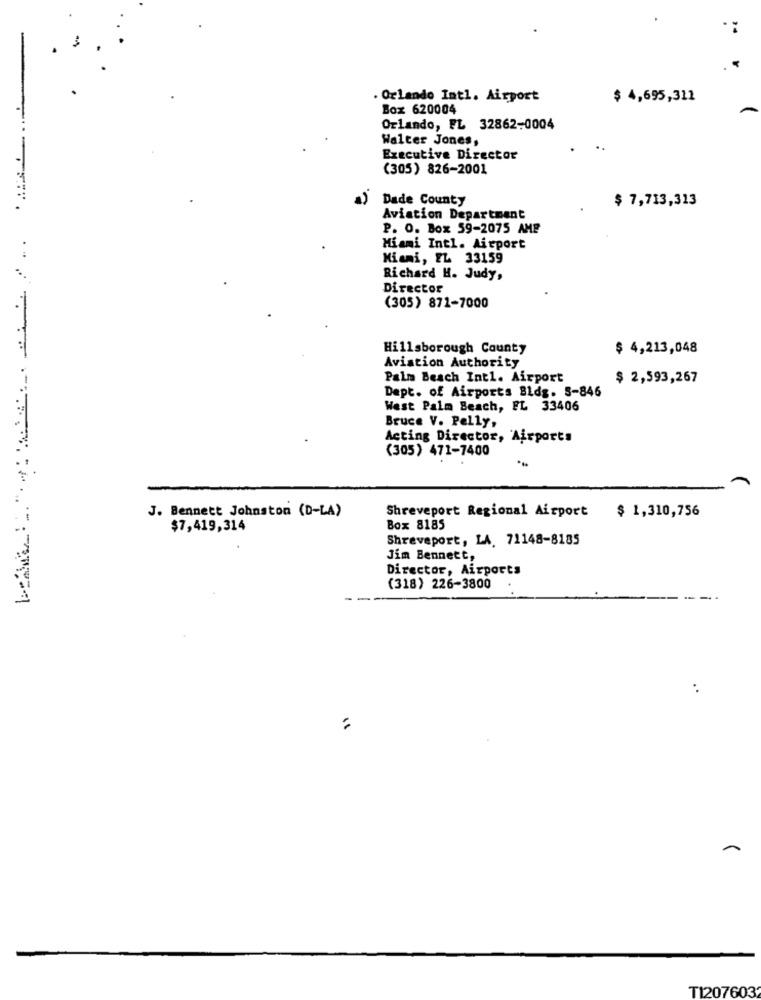
. Orlando Intl. Airport
$ 4,695,311
Box 620004
----
Orlando, FL 32862-0004
Walter Jones,
Executive Director
(305) 826-2001
Dade County
$ 7,713,313
Aviation Department
P. O. Box 59-2075 AMP
Miami Intl. Airport
Miami, FL 33159
Richard H. Judy,
Director
(305) 871-7000
Hillsborough County
$ 4,213,048
Aviation Authority
Palm Beach Intl. Airport
$ 2,593,267
Dept. of Airports Bldg. 8-846
West Palm Beach, FL 33406
Bruce V. Pelly,
Acting Director, Airports
(305) 471-7400
Shreveport Regional Airport
J. Bennett Johnston (D-LA)
$ 1,310,756
$7,419,314
Box 8185
Shreveport, LA. 71148-8185
Jim Bennett,
Director, Airports
(318) 226-3800
..
~
TI2076032